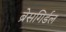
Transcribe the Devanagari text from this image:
ब्रेसगिर्डल